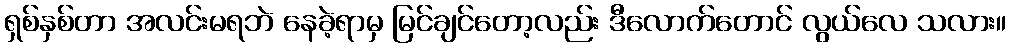
ရှစ်နှစ်တာ အလင်းမရဘဲ နေခဲ့ရာမှ မြင်ချင်တော့လည်း ဒီလောက်တောင် လွယ်လေ သလား။